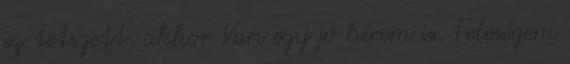
ez tetszett, akkor Van egy jó hírem is. Feleségem